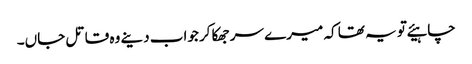
چاہیئے تو یہ تھا کہ میرے سر جھکا کر جواب دینے وہ قاتل جاں۔